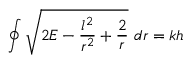
\oint { \sqrt { 2 E - { \frac { l ^ { 2 } } { r ^ { 2 } } } + { \frac { 2 } { r } } } } \ d r = k h